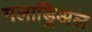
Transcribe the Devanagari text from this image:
गलाड्रिअल